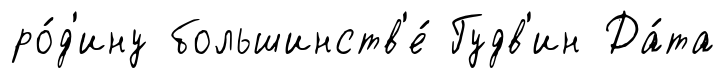
ро́д'ину большинств'е́ Гудв'ин Да́та